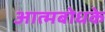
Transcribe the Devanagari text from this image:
आत्मबोधके